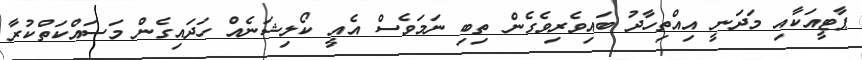
ޕާޓީއަކާއި މަދަނީ އިއްތިހާދު ބައިވެރިވެގެން ތިބި ނަމަވެސް އެއީ ކޯލިޝަނެއް ހަދައިގެން މަސައްކަތްކުރާ